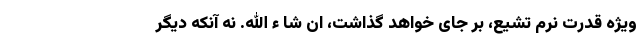
ویژه قدرت نرم تشیع، بر جای خواهد گذاشت، ان شا ء الله. نه آنکه دیگر